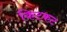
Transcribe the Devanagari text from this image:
किटकट